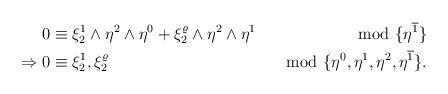
LaTeX: \begin{align*}\begin{aligned} 0&\equiv \xi^1_2\wedge\eta^2\wedge\eta^0+\xi^\varrho_2\wedge\eta^2\wedge\eta^1&\mod\{\eta^{\overline{1}}\}\\\Rightarrow 0&\equiv \xi^1_2,\xi^\varrho_2&\mod\{\eta^0,\eta^1,\eta^2,\eta^{\overline{1}}\}.\end{aligned}\end{align*}